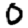
Digit: 0